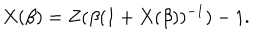
X ( \beta ) = Z ( \beta ( 1 + X ( \beta ) ) ^ { - 1 } ) - 1 .